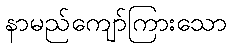
နာမည်ကျော်ကြားသော